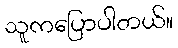
သူကပြောပါတယ်။